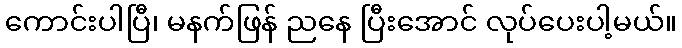
ကောင်းပါပြီ၊ မနက်ဖြန် ညနေ ပြီးအောင် လုပ်ပေးပါ့မယ်။